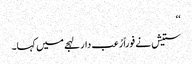
‘‘
ستیش نے فوراً رُعب دار لہجے میں کہا۔